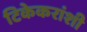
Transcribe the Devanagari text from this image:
टिकेकरांशी